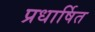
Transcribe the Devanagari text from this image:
प्रधार्षित